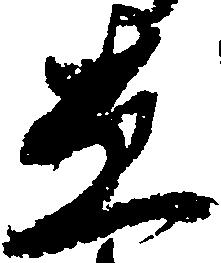
し